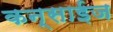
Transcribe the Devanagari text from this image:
कन्साईज